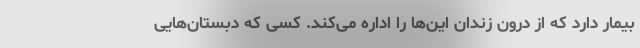
بیمار دارد که از درون زندان این‌ها را اداره می‌کند. کسی که دبستان‌هایی